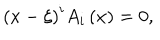
\left( { x - \xi } \right) ^ { i } A _ { i } \left( x \right) = 0 ,